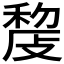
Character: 𢾨